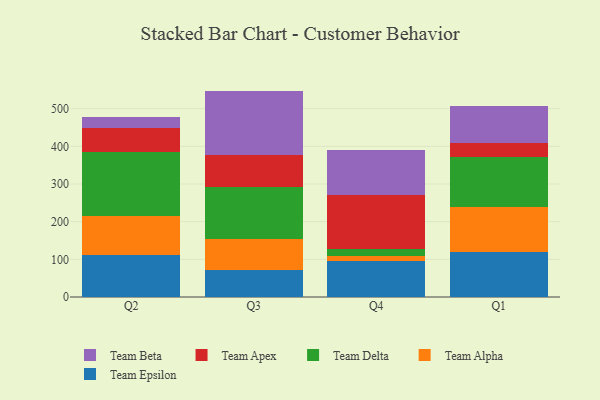
{"axis": {"x": "Quarter", "y": "Website Visitors"}, "legend": ["Team Alpha", "Team Apex", "Team Beta", "Team Delta", "Team Epsilon"], "data": [{"x": "Q2", "y": 111.8, "type": "Team Epsilon"}, {"x": "Q2", "y": 103.9, "type": "Team Alpha"}, {"x": "Q2", "y": 170.0, "type": "Team Delta"}, {"x": "Q2", "y": 62.2, "type": "Team Apex"}, {"x": "Q2", "y": 29.6, "type": "Team Beta"}, {"x": "Q3", "y": 70.4, "type": "Team Epsilon"}, {"x": "Q3", "y": 82.7, "type": "Team Alpha"}, {"x": "Q3", "y": 140.1, "type": "Team Delta"}, {"x": "Q3", "y": 83.5, "type": "Team Apex"}, {"x": "Q3", "y": 170.6, "type": "Team Beta"}, {"x": "Q4", "y": 95.1, "type": "Team Epsilon"}, {"x": "Q4", "y": 13.0, "type": "Team Alpha"}, {"x": "Q4", "y": 20.4, "type": "Team Delta"}, {"x": "Q4", "y": 143.6, "type": "Team Apex"}, {"x": "Q4", "y": 117.1, "type": "Team Beta"}, {"x": "Q1", "y": 119.8, "type": "Team Epsilon"}, {"x": "Q1", "y": 119.3, "type": "Team Alpha"}, {"x": "Q1", "y": 133.7, "type": "Team Delta"}, {"x": "Q1", "y": 36.2, "type": "Team Apex"}, {"x": "Q1", "y": 99.0, "type": "Team Beta"}]}